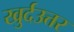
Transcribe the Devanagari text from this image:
खुर्दउत्तर